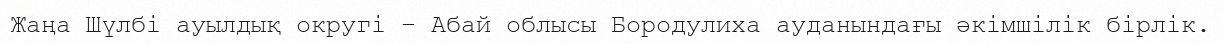
Жаңа Шүлбі ауылдық округі – Абай облысы Бородулиха ауданындағы әкімшілік бірлік.